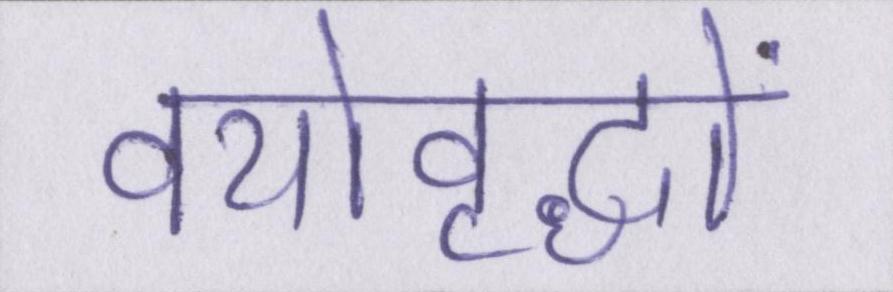
वयोवृद्धों